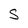
Character: S